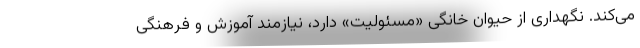
می‌کند. نگهداری از حیوان خانگی «مسئولیت» دارد، نیازمند آموزش و فرهنگی